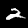
Label: 2